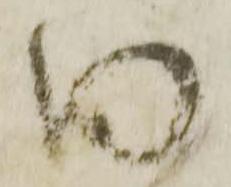
内